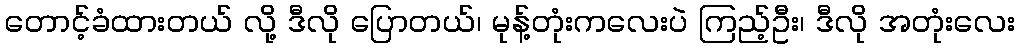
တောင့်ခံထားတယ် လို့ ဒီလို ပြောတယ်၊ မုန့်တုံးကလေးပဲ ကြည့်ဦး၊ ဒီလို အတုံးလေး